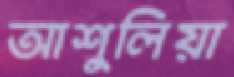
আশুলিয়া